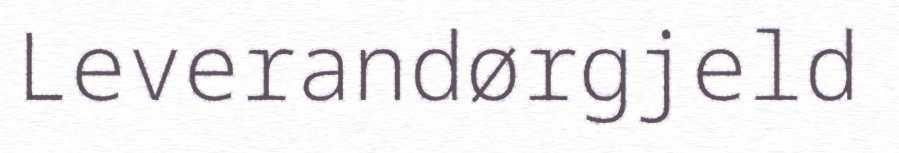
Leverandørgjeld